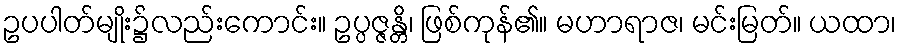
ဥပပါတ်မျိုး၌လည်းကောင်း။ ဥပ္ပဇ္ဇန္တိ၊ ဖြစ်ကုန်၏။ မဟာရာဇ၊ မင်းမြတ်။ ယထာ၊